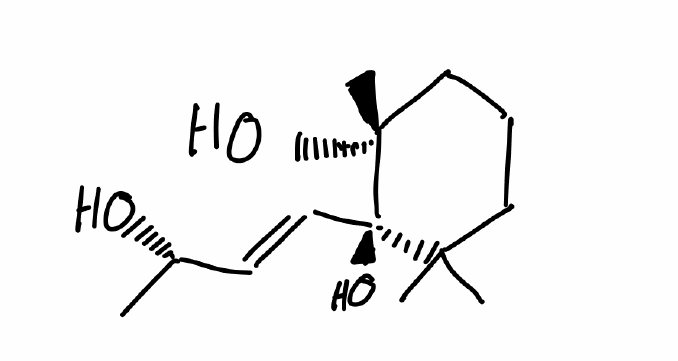
Simplified molecular-input line-entry system (SMILES) notation of the given molecule:
C[C@@H](/C=C/[C@@]1([C@](CCCC1(C)C)(C)O)O)O